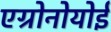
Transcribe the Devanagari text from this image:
एग्रोनोयोई